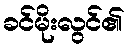
ခင်မိုးလွင်၏